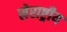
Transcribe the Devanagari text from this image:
सेराष्ट्रीय